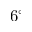
6 ^ { \circ }